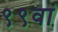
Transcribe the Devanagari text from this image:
९९वां